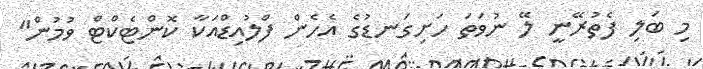
މި ބަލި ފެތުރޭނީ ލޭ ނުވަތަ ހަށިގަނޑުގެ އެހެން ފްލުއިޑްއަކާ ކޮންޓެކްޓް ވުމުން"